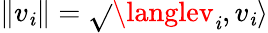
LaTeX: \| v_{\mathit{i}}\| =\sqrt{}{{\langlev_{\mathit{i}},v_{\mathit{i}}\rangle}}